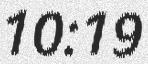
10:19